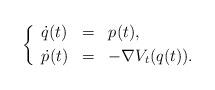
LaTeX: \begin{align*}\left\{\begin{array} {lcl}\dot q(t) &= & p(t), \\ [0.2em]\dot p(t) &= & -\nabla V_t(q(t)) .\end{array}\right.\end{align*}